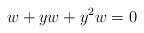
LaTeX: \begin{align*}w+yw+y^ 2w=0 \end{align*}